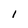
Character: 1